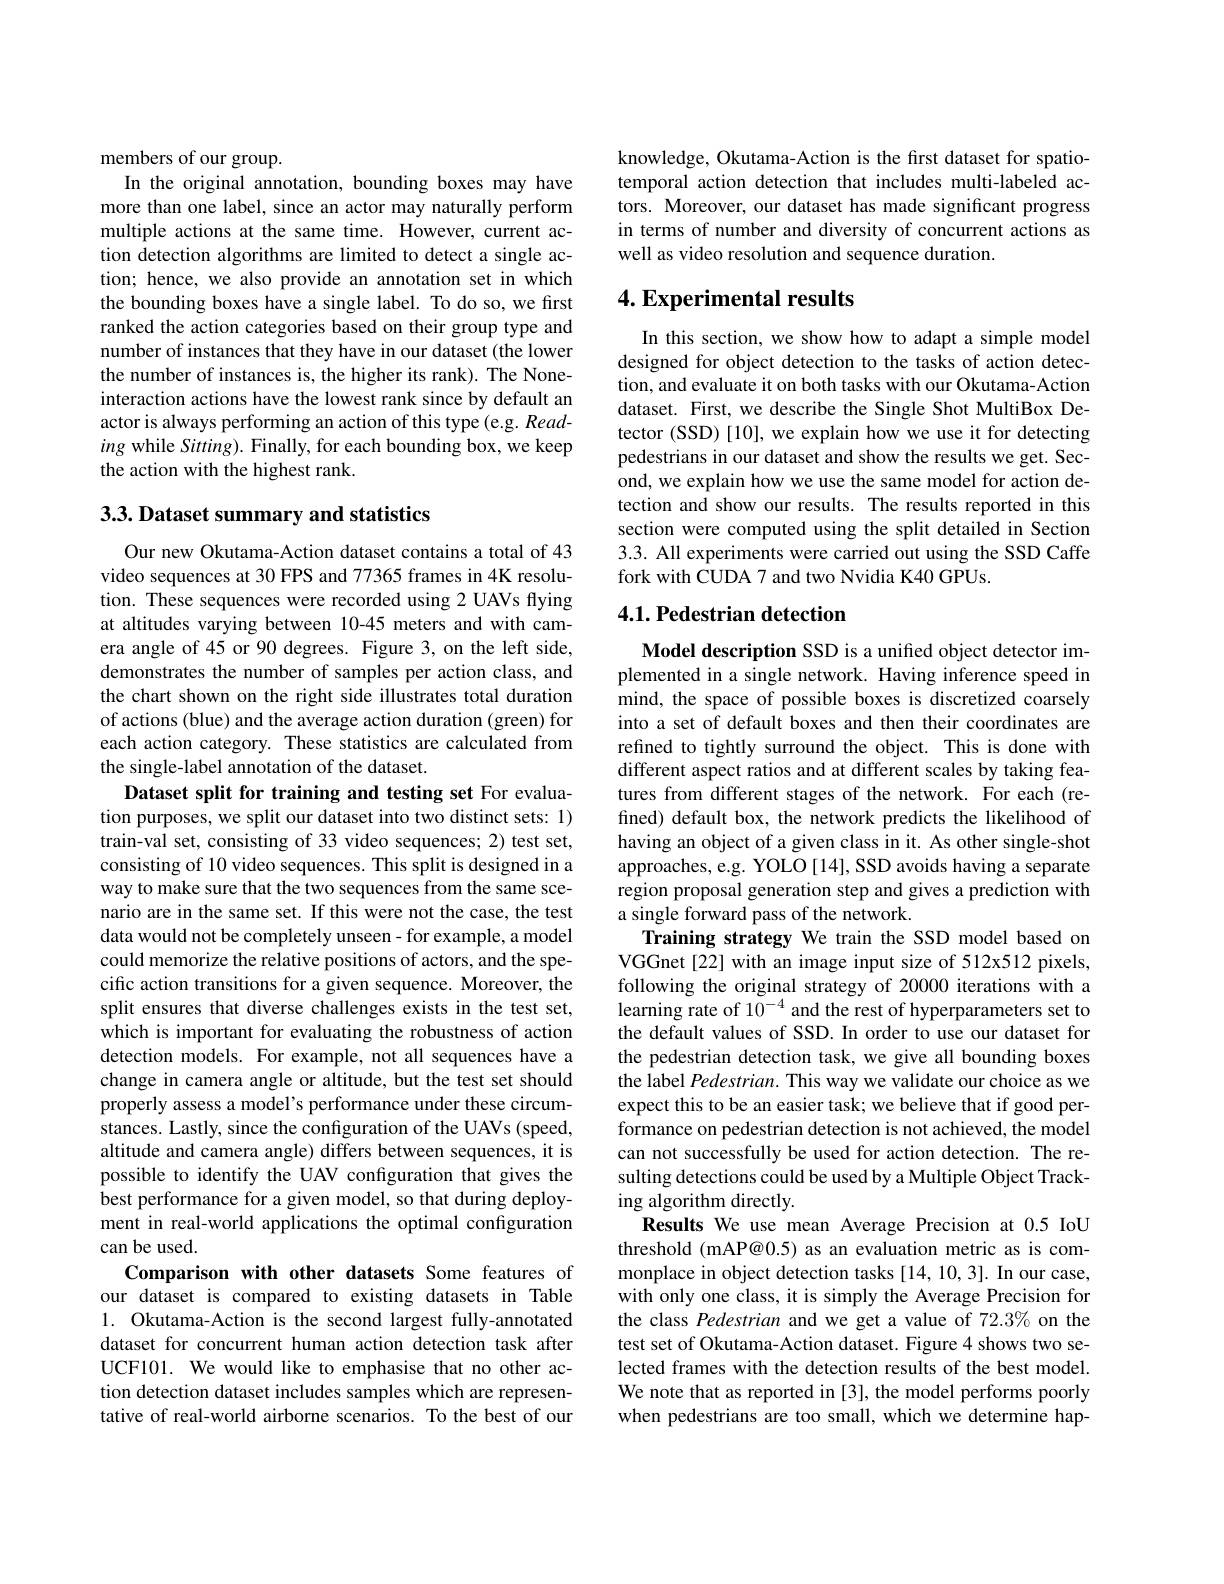
members of our group.

In the original annotation, bounding boxes may have more than one label, since an actor may naturally perform multiple actions at the same time. However, current action detection algorithms are limited to detect a single action; hence, we also provide an annotation set in which the bounding boxes have a single label. To do so, we first ranked the action categories based on their group type and number of instances that they have in our dataset (the lower the number of instances is, the higher its rank). The Noneinteraction actions have the lowest rank since by default an actor is always performing an action of this type (e.g. Reading while Sitting). Finally, for each bounding box, we keep the action with the highest rank.

3.3. Dataset summary and statistics

Our new Okutama-Action dataset contains a total of 43 video sequences at 30 FPS and 77365 frames in 4K resolution. These sequences were recorded using 2 UAVs flying at altitudes varying between 10-45 meters and with camera angle of 45 or 90 degrees. Figure 3, on the left side, demonstrates the number of samples per action class, and the chart shown on the right side illustrates total duration of actions (blue) and the average action duration (green) for each action category. These statistics are calculated from the single-label annotation of the dataset.

Dataset split for training and testing set For evaluation purposes, we split our dataset into two distinct sets: 1) train-val set, consisting of 33 video sequences; 2) test set, consisting of 10 video sequences. This split is designed in a way to make sure that the two sequences from the same scenario are in the same set. If this were not the case, the test data would not be completely unseen - for example, a model could memorize the relative positions of actors, and the specific action transitions for a given sequence. Moreover, the split ensures that diverse challenges exists in the test set, which is important for evaluating the robustness of action detection models. For example, not all sequences have a change in camera angle or altitude, but the test set should properly assess a model's performance under these circumstances. Lastly, since the configuration of the UAVs (speed, altitude and camera angle) differs between sequences, it is possible to identify the UAV configuration that gives the best performance for a given model, so that during deployment in real-world applications the optimal configuration can be used.
Comparison with other datasets Some features of our dataset is compared to existing datasets in Table 1. Okutama-Action is the second largest fully-annotated dataset for concurrent human action detection task after UCF101. We would like to emphasise that no other action detection dataset includes samples which are representative of real-world airborne scenarios. To the best of our

knowledge, Okutama-Action is the first dataset for spatiotemporal action detection that includes multi-labeled actors. Moreover, our dataset has made significant progress in terms of number and diversity of concurrent actions as well as video resolution and sequence duration.

## 4. Experimental results

In this section, we show how to adapt a simple model designed for object detection to the tasks of action detection, and evaluate it on both tasks with our Okutama-Action dataset. First, we describe the Single Shot MultiBox Detector (SSD) [10], we explain how we use it for detecting pedestrians in our dataset and show the results we get. Second, we explain how we use the same model for action detection and show our results. The results reported in this section were computed using the split detailed in Section 3.3. All experiments were carried out using the SSD Caffe fork with CUDA 7 and two Nvidia K40 GPUs.

## 4.1. Pedestrian detection

Model description SSD is a unified object detector implemented in a single network. Having inference speed in mind, the space of possible boxes is discretized coarsely into a set of default boxes and then their coordinates are refined to tightly surround the object. This is done with different aspect ratios and at different scales by taking features from different stages of the network. For each (refined) default box, the network predicts the likelihood of having an object of a given class in it. As other single-shot approaches, e.g. YOLO [14], SSD avoids having a separate region proposal generation step and gives a prediction with a single forward pass of the network.
Training strategy We train the SSD model based on VGGnet[22] with an image input size of 512x512 pixels, following the original strategy of 20000 iterations with a learning rate of 10$^{-4}$ and the rest of hyperparameters set to the default values of SSD. In order to use our dataset for the pedestrian detection task, we give all bounding boxes the label Pedestrian. This way we validate our choice as we expect this to be an easier task; we believe that if good performance on pedestrian detection is not achieved, the model can not successfully be used for action detection. The resulting detections could be used by a Multiple Object Tracking algorithm directly.
Results We use mean Average Precision at 0.5 IoU threshold (mAP@0.5) as an evaluation metric as is commonplace in object detection tasks [14, 10, 3]. In our case, with only one class, it is simply the Average Precision for the class Pedestrian and we get a value of 72.3% on the test set of Okutama-Action dataset. Figure 4 shows two selected frames with the detection results of the best model. We note that as reported in [3], the model performs poorly when pedestrians are too small, which we determine hap-